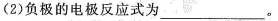
(2)负极的电极反应式为___。